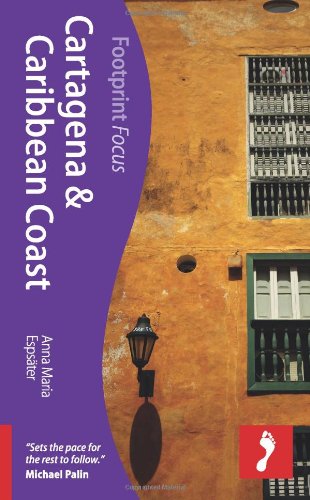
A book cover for Cartagena & Caribbean Coast (Footprint Focus); Anna Maria Espsater; Travel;